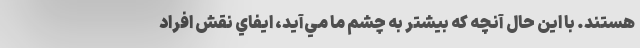
هستند. با اين حال آنچه كه بيشتر به چشم ما مي‌آيد، ايفاي نقش افراد